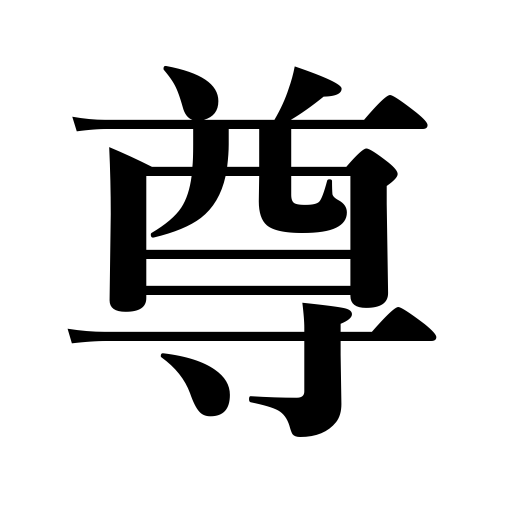
Meanings: respect,noble,precious,esteem,sacred,priceless,exalted,honor,revere,value,prize,valuable